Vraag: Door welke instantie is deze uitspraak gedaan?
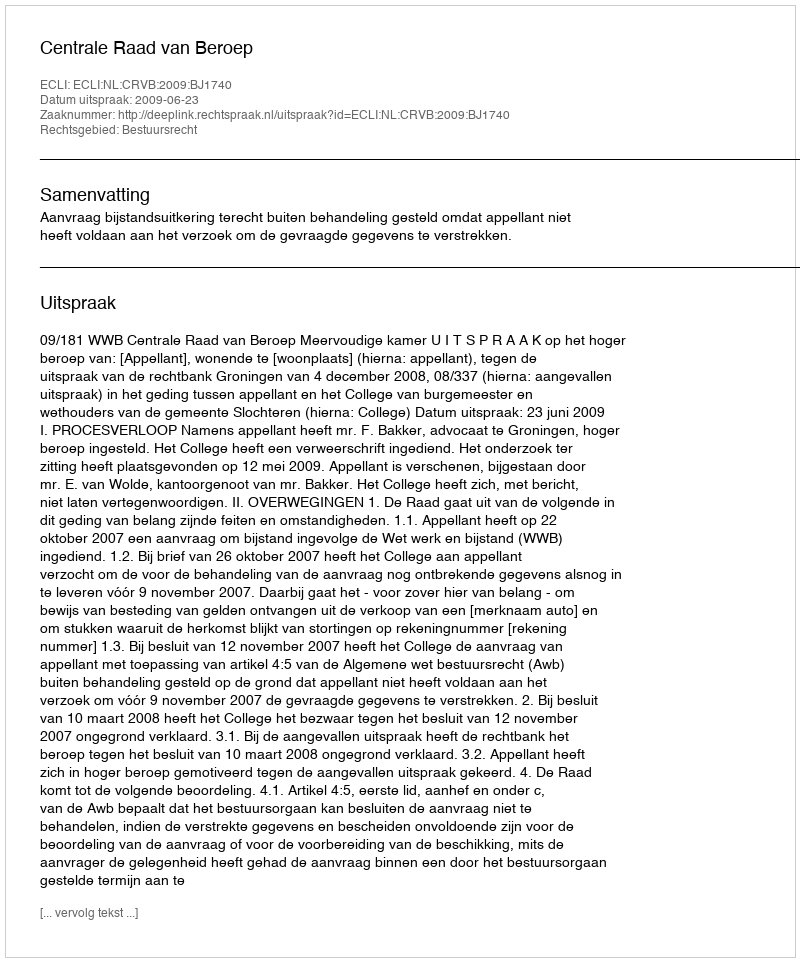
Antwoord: Centrale Raad van Beroep